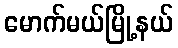
မောက်မယ်မြို့နယ်